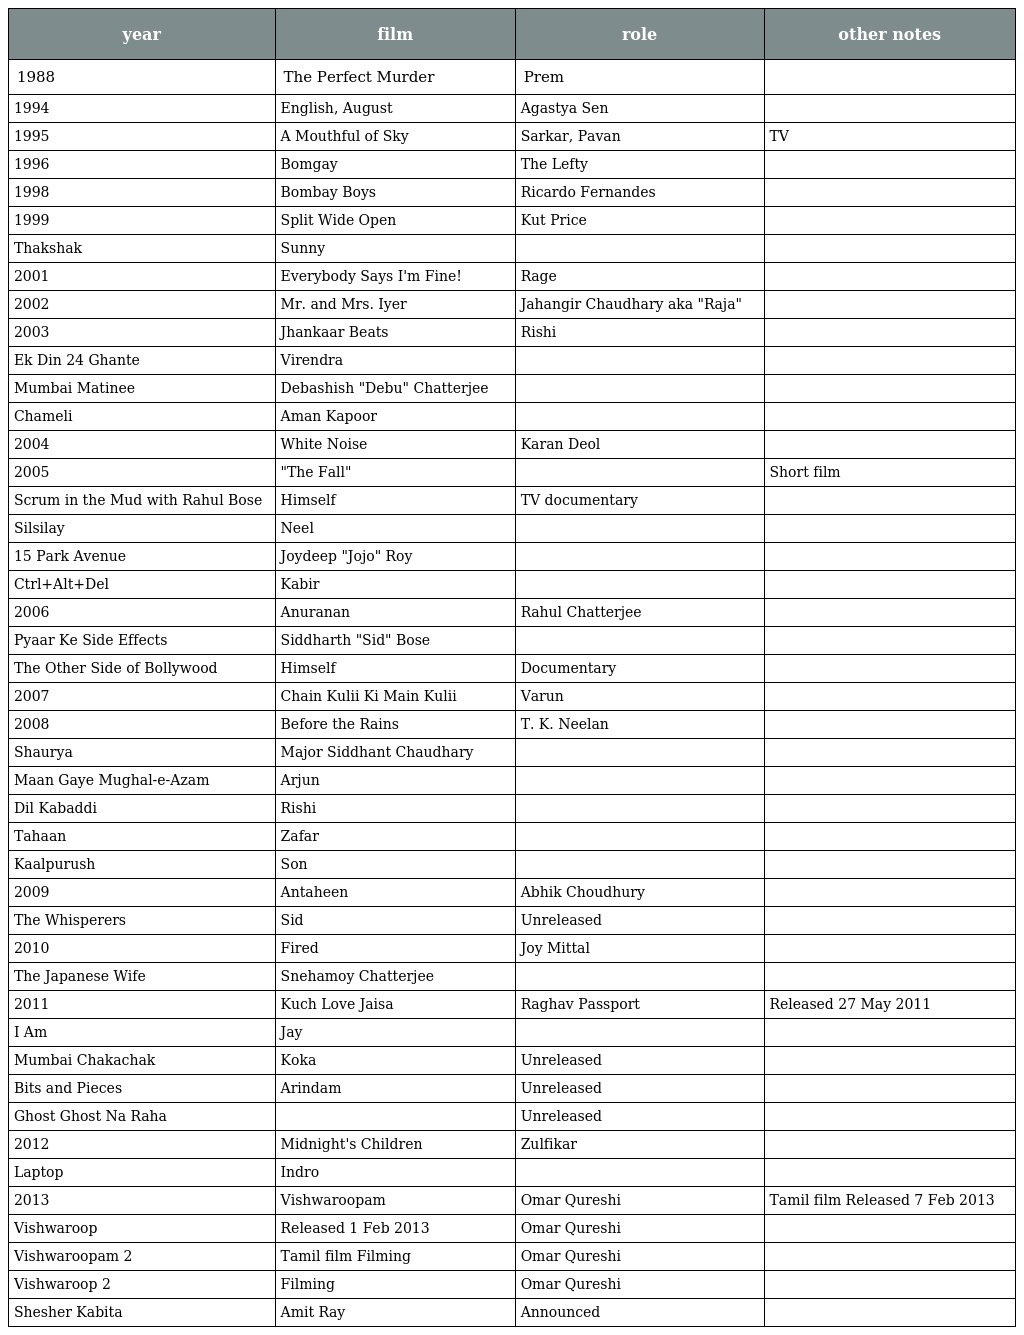
| year | film | role | other notes |
 | --- | --- | --- | --- |
 | 1988 | The Perfect Murder | Prem |  |
 | 1994 | English, August | Agastya Sen |  |
 | 1995 | A Mouthful of Sky | Sarkar, Pavan | TV |
 | 1996 | Bomgay | The Lefty |  |
 | 1998 | Bombay Boys | Ricardo Fernandes |  |
 | 1999 | Split Wide Open | Kut Price |  |
 | Thakshak | Sunny |  |  |
 | 2001 | Everybody Says I'm Fine! | Rage |  |
 | 2002 | Mr. and Mrs. Iyer | Jahangir Chaudhary aka "Raja" |  |
 | 2003 | Jhankaar Beats | Rishi |  |
 | Ek Din 24 Ghante | Virendra |  |  |
 | Mumbai Matinee | Debashish "Debu" Chatterjee |  |  |
 | Chameli | Aman Kapoor |  |  |
 | 2004 | White Noise | Karan Deol |  |
 | 2005 | "The Fall" |  | Short film |
 | Scrum in the Mud with Rahul Bose | Himself | TV documentary |  |
 | Silsilay | Neel |  |  |
 | 15 Park Avenue | Joydeep "Jojo" Roy |  |  |
 | Ctrl+Alt+Del | Kabir |  |  |
 | 2006 | Anuranan | Rahul Chatterjee |  |
 | Pyaar Ke Side Effects | Siddharth "Sid" Bose |  |  |
 | The Other Side of Bollywood | Himself | Documentary |  |
 | 2007 | Chain Kulii Ki Main Kulii | Varun |  |
 | 2008 | Before the Rains | T. K. Neelan |  |
 | Shaurya | Major Siddhant Chaudhary |  |  |
 | Maan Gaye Mughal-e-Azam | Arjun |  |  |
 | Dil Kabaddi | Rishi |  |  |
 | Tahaan | Zafar |  |  |
 | Kaalpurush | Son |  |  |
 | 2009 | Antaheen | Abhik Choudhury |  |
 | The Whisperers | Sid | Unreleased |  |
 | 2010 | Fired | Joy Mittal |  |
 | The Japanese Wife | Snehamoy Chatterjee |  |  |
 | 2011 | Kuch Love Jaisa | Raghav Passport | Released 27 May 2011 |
 | I Am | Jay |  |  |
 | Mumbai Chakachak | Koka | Unreleased |  |
 | Bits and Pieces | Arindam | Unreleased |  |
 | Ghost Ghost Na Raha |  | Unreleased |  |
 | 2012 | Midnight's Children | Zulfikar |  |
 | Laptop | Indro |  |  |
 | 2013 | Vishwaroopam | Omar Qureshi | Tamil film Released 7 Feb 2013 |
 | Vishwaroop | Released 1 Feb 2013 | Omar Qureshi |  |
 | Vishwaroopam 2 | Tamil film Filming | Omar Qureshi |  |
 | Vishwaroop 2 | Filming | Omar Qureshi |  |
 | Shesher Kabita | Amit Ray | Announced |  |